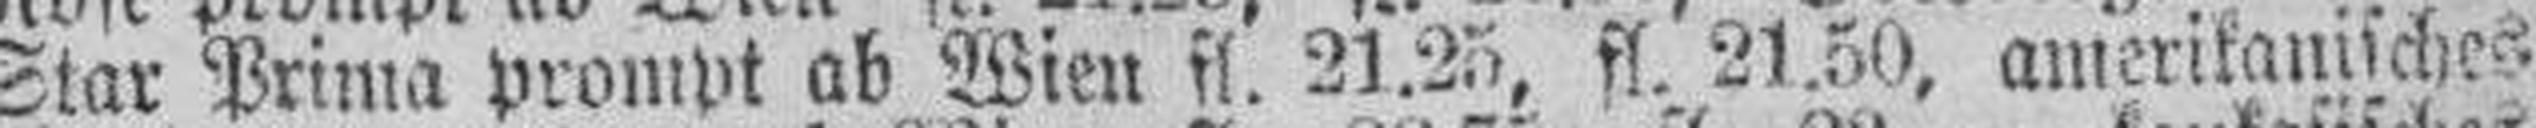
Star Prima prompt ab Wien fl. 21.25, fl. 21.50, amerikanisches